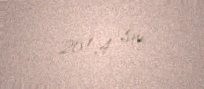
261,4 sm